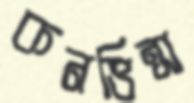
কনভিন্স